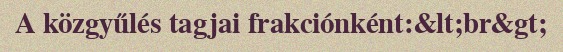
A közgyűlés tagjai frakciónként:&lt;br&gt;